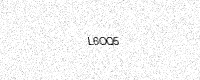
Text: L6OQ5